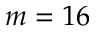
m = 1 6